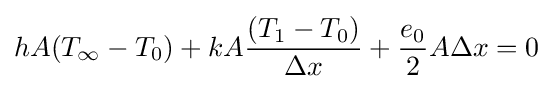
hA{(T_{\infty }-T_{0})}+kA{\frac {(T_{1}-T_{0})}{\Delta {x}}}+{\frac {e_{0}}{2}}A\Delta {x}=0